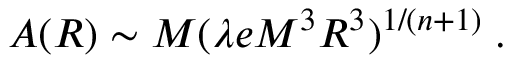
A ( R ) \sim M ( \lambda e M ^ { 3 } R ^ { 3 } ) ^ { 1 / ( n + 1 ) } \; .